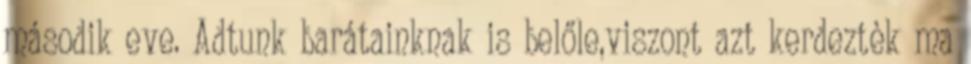
második eve. Adtunk barátainknak is belőle,viszont azt kerdeztèk ma